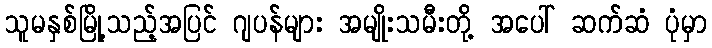
သူမနှစ်မြို့သည့်အပြင် ဂျပန်များ အမျိုးသမီးတို့ အပေါ် ဆက်ဆံ ပုံမှာ